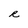
Character: R